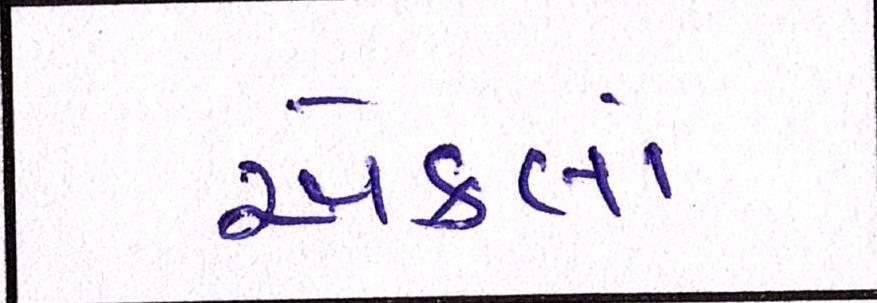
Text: એકલાં